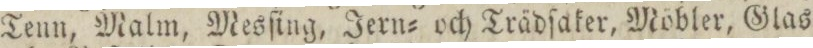
Tenn, Malm, Mesſing, Jern= och Trädſaker, Möbler, Glas